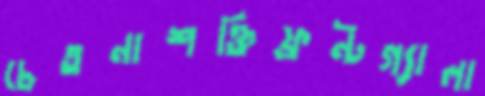
চেতনাশক্তিফ্রন্টগ্যালা